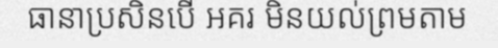
ធានាប្រសិនបើ អគរ មិនយល់ព្រមតាម